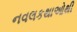
નવલકથાઓથી